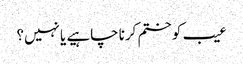
عیب کو ختم کرنا چاہیے یا نہیں؟